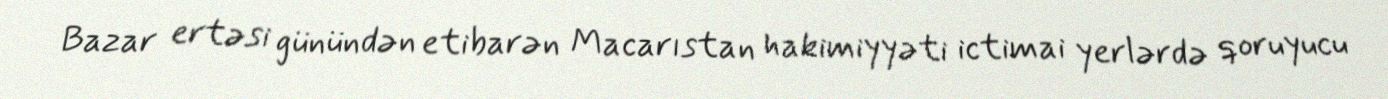
Bazar ertəsi günündən etibarən Macarıstan hakimiyyəti ictimai yerlərdə qoruyucu